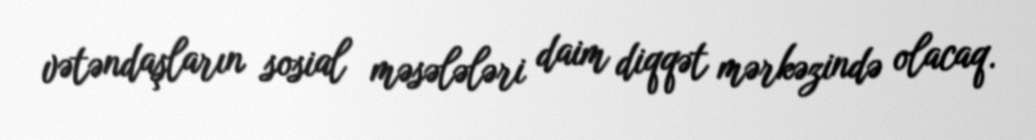
vətəndaşların sosial məsələləri daim diqqət mərkəzində olacaq.